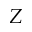
Z